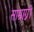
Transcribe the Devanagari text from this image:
साम्राग्नी